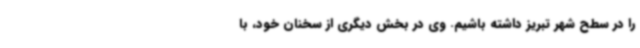
را در سطح شهر تبریز داشته باشیم. وی در بخش دیگری از سخنان خود، با